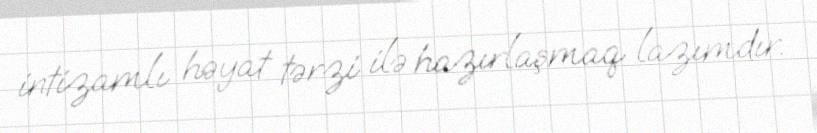
intizamlı həyat tərzi ilə hazırlaşmaq lazımdır.